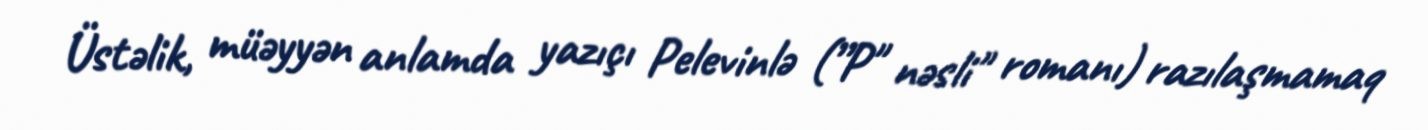
Üstəlik, müəyyən anlamda yazıçı Pelevinlə (”P" nəsli" romanı) razılaşmamaq